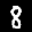
Label: 8